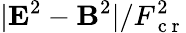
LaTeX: |\mathbf{E}^{2}-\mathbf{B}^{2}|/F_{\mathrm{~c~r~}}^{2}